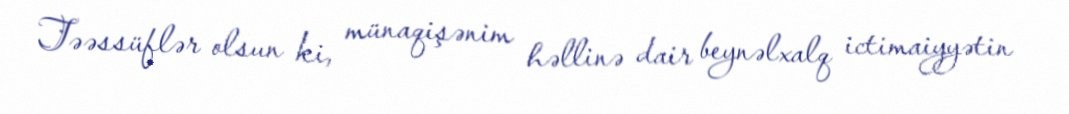
Təəssüflər olsun ki, münaqişənim həllinə dair beynəlxalq ictimaiyyətin